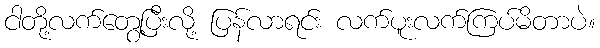
ငါတို့လက်တွေ့ပြီးလို့ ပြန်လာရင်း လက်ပူးလက်ကြပ်မိတာပဲ။